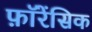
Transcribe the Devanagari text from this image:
फ़ॉरेंसिक